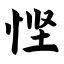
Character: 悭